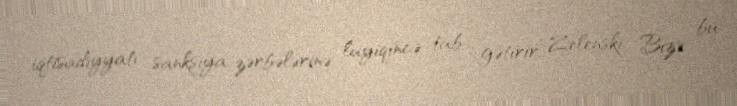
iqtisadiyyatı sanksiya zərbələrinə layiqincə tab gətirir” Zelenski: Bizə bu